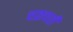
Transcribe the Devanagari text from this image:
चक्रचती